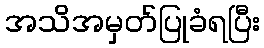
အသိအမှတ်ပြုခံရပြီး